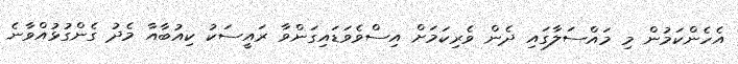
އެހެންކަމުން މި މައްސަލާގައި ދެން ވެރިކަމަށް އިސްވެވަޑައިގަންވާ ރައީސަކު ކިއުބާއާ މެދު ގެންގުޅުއްވާނެ